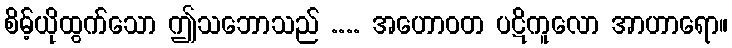
စိမ့်ယိုထွက်သော ဤသဘောသည် .... အဟောဝတ ပဋိကူလော အာဟာရော။